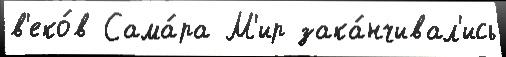
в'еко́в Сама́ра М'ир зака́нчивал'ись